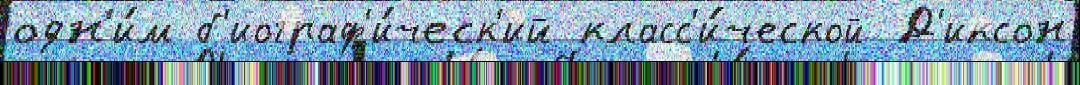
одн'и́м б'иограф'и́ческ'ий класс'и́ческой Д'иксон